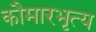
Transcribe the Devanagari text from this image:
कौमारभृत्‍य